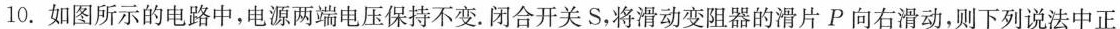
10. 如图所示的电路中，电源两端电压保持不变。闭合开关S，将滑动变阻器的滑片P向右滑动，则下列说法中正